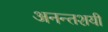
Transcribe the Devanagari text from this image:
अनन्तशयी